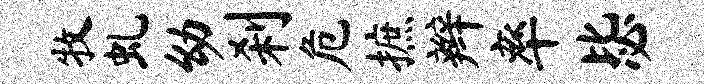
牧虬幼刹危摭辫率毖